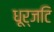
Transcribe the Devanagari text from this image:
धूर्जटि